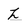
Character: L